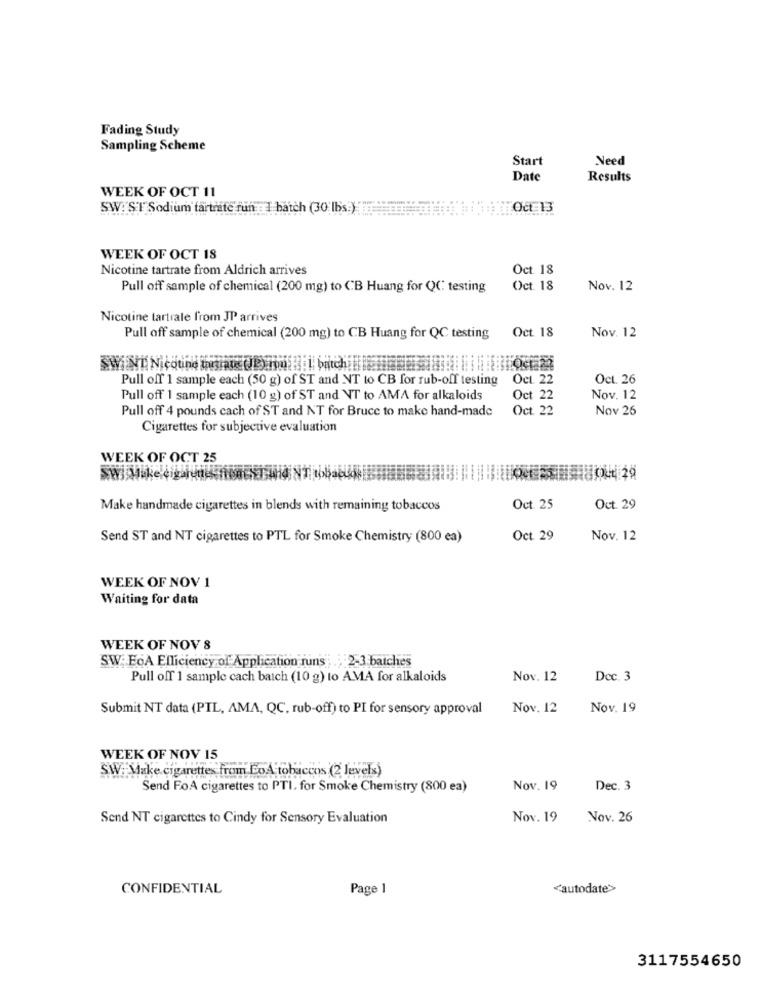
Fading Study
Sampling Scheme
Start
Need
Date
Results
WEEK OF OCT 11
SW.'S'T Sodium tartrate fun I batch (30'lbs )
Oct-13
WEEK OF OCT 18
Nicotine tartrate from Aldrich arrives
Oct. 18
Pull off sample of chemical (200 mg) to CB Huang for QC testing
Oct. 18
Nov. 12
Nicotine tartrale from JP arrives
Oct. 18
Nov. 12
Pull off sample of chemical (200 mg) to CB Huang for QC testing
SWIND Nicotine tariates (B) mon.Hel batch
Pull off 1 sample each (50 g) of ST and NT to CB for rub-off testing
Oct 22
Oct. 26
Pull off 1 sample each (10 g) of ST and NT to AMA for alkaloids
Oct 22
Nov. 12
Pull off 4 pounds cach of ST and NT for Bruce to make hand-made
Oct 22
Nov 26
Cigarettes for subjective evaluation
WEEK OF OCT 25
Make handmade cigarettes in blends with remaining tobaccos
Oct. 25
Oct. 29
Send ST and NT cigarettes to PTL for Smoke Chemistry (800 ea)
Oct 29
Nov. 12
WEEK OF NOV 1
Waiting for data
WEEK OF NOV 8
SW: EoA Efficiency of Application runs 2-3 batches
Pull off 1 sample cach batch (10 g) to AMA for alkaloids
Nov. 12
Dec. 3
Submit NT data (PIL, AMA, QC, rub-off) to PI for sensory approval
Nov. 12
Nov. 19
WEEK OF NOV 15
SW: Make cigarettes from EoA tobaccos (2 levels)
Send FoA cigarettes to PTI, for Smoke Chemistry (800 ea)
Nov. 19
Dec. 3
Send NT cigarettes to Cindy for Sensory Evaluation
Nov. 19
Nov. 26
CONFIDENTIAL
Page 1
<autodate>
3117554650